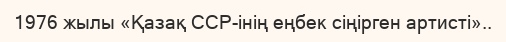
1976 жылы «Қазақ ССР-інің еңбек сіңірген артисті»..